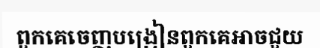
ពួកគេចេញបង្រៀនពួកគេអាចជួយ